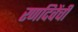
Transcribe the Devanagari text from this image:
रणदिवेंची